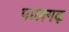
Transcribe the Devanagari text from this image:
पालगढ़